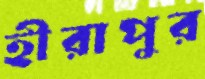
হীরাপুর